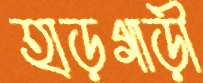
হাড়গাড়ী